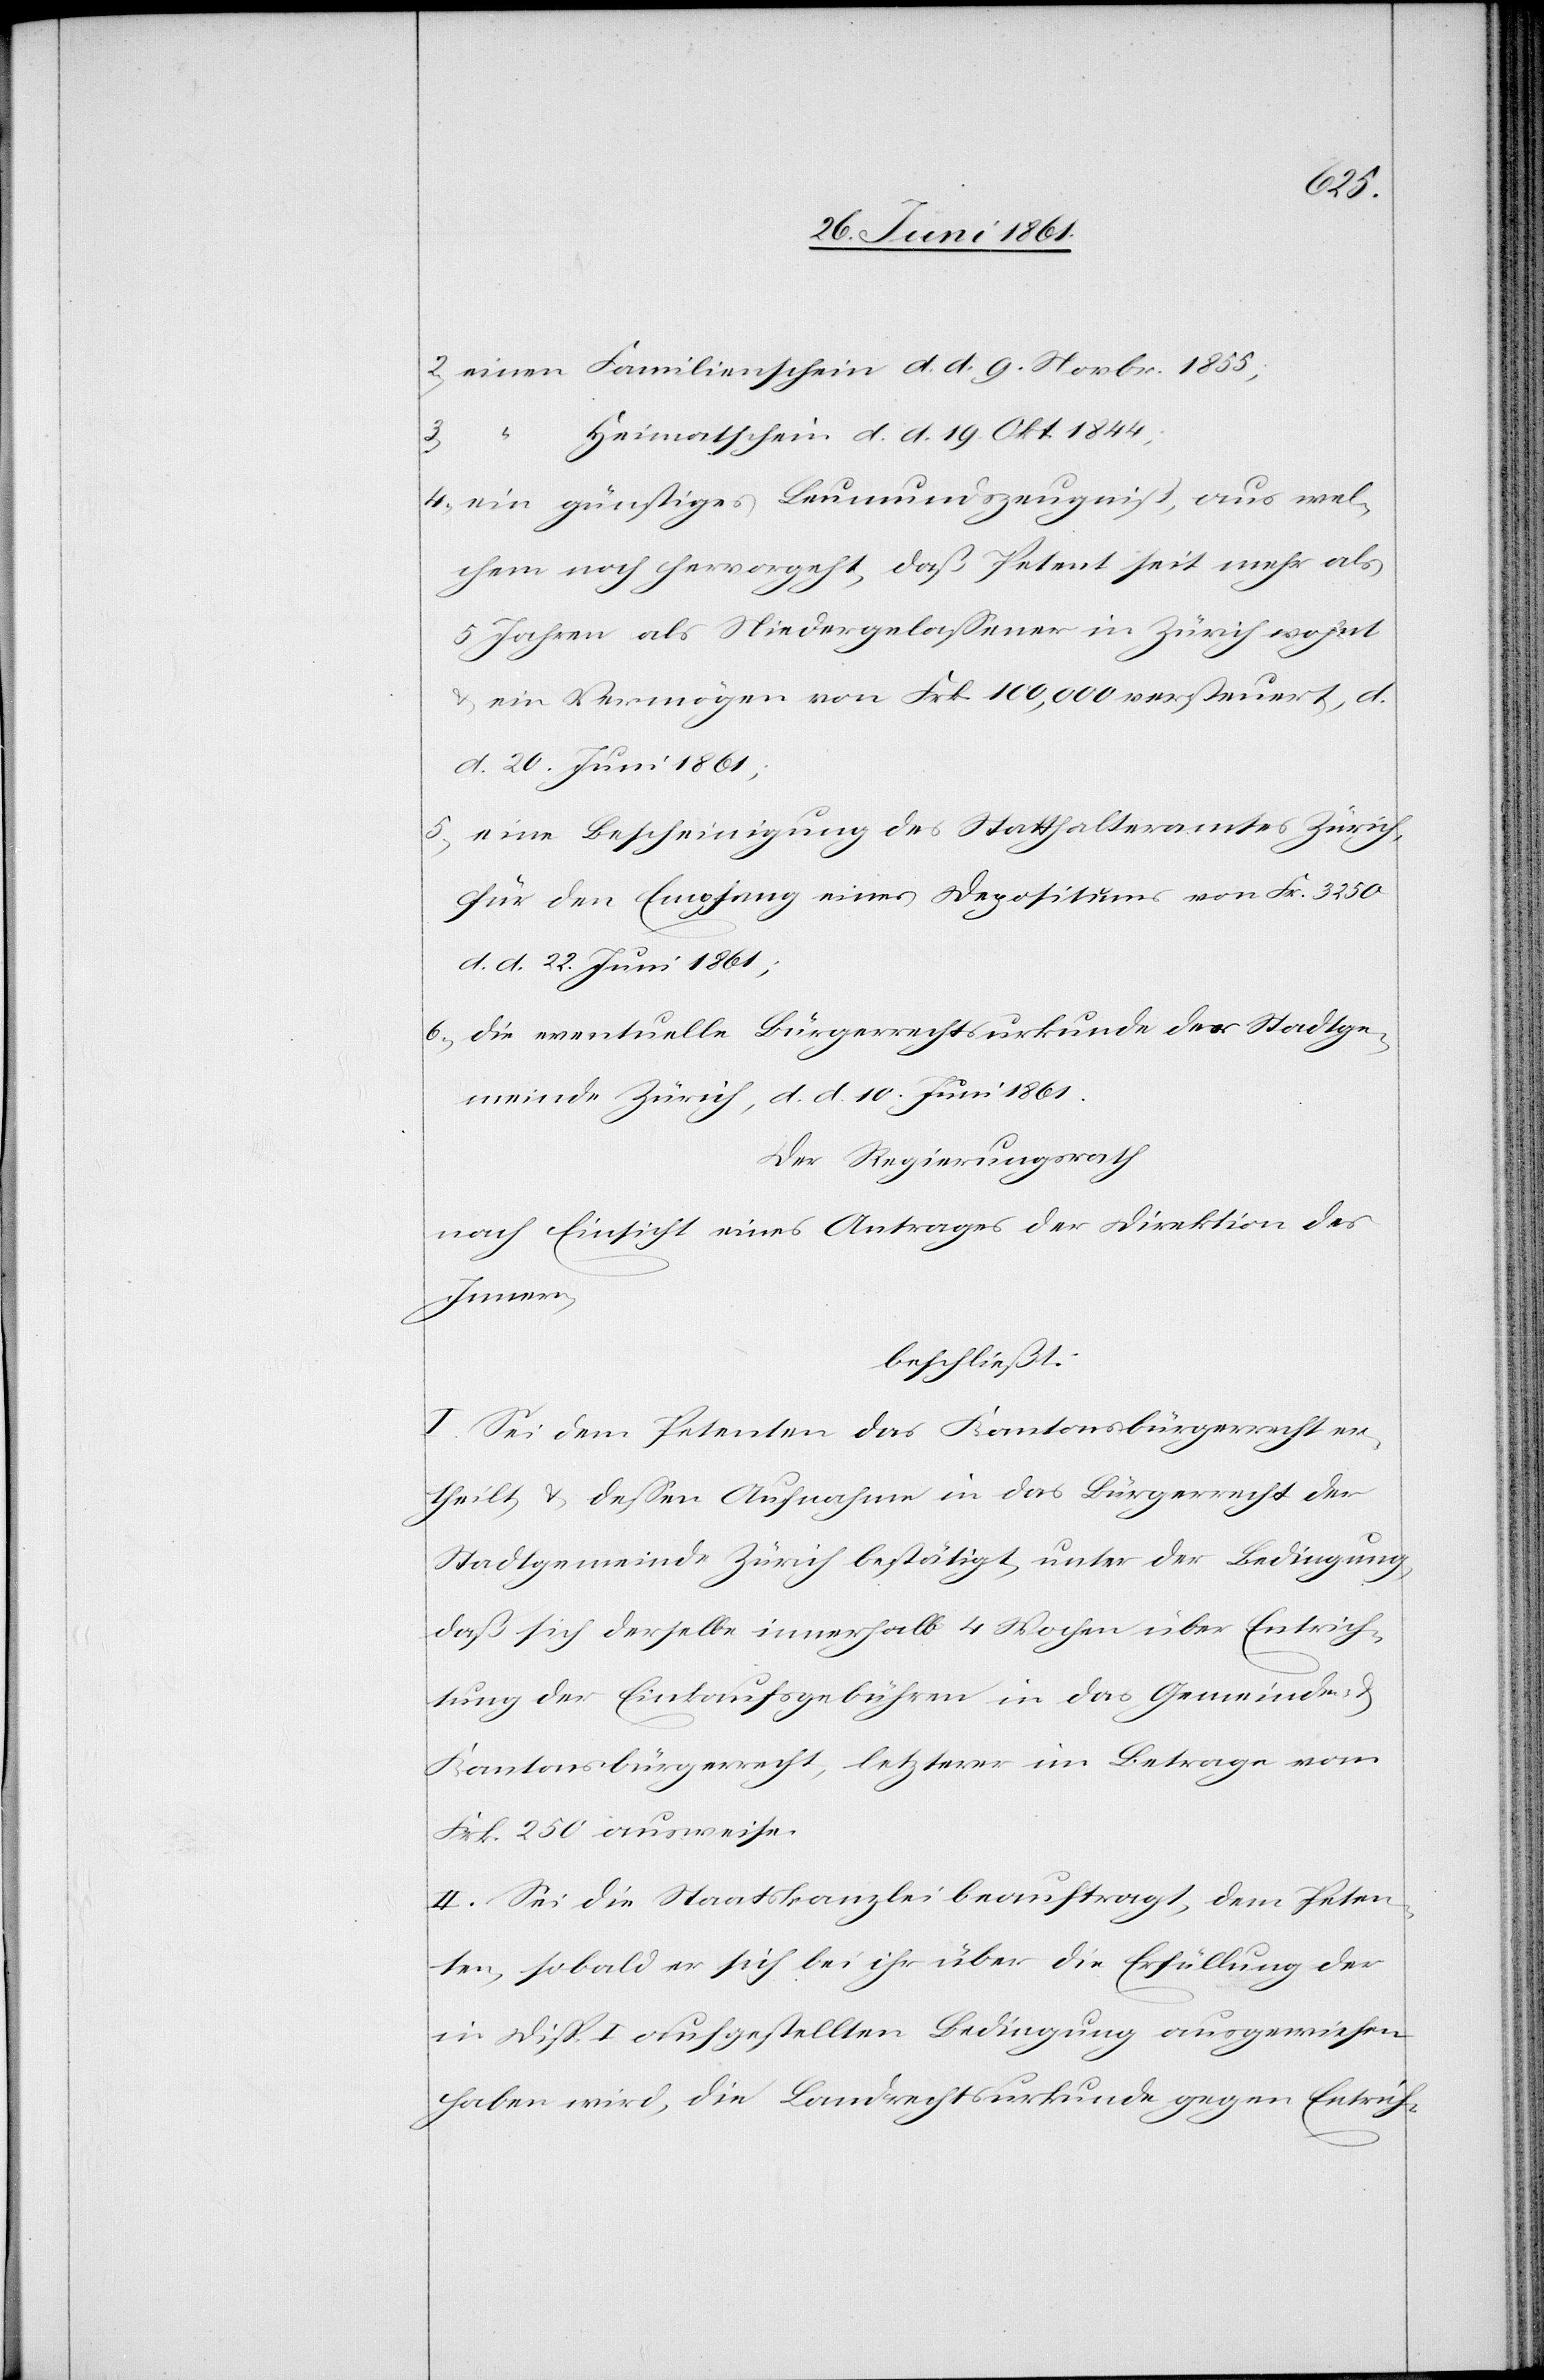
2) einen Familienschein d. d. 9. Novbr. 1855;
3) “ Heimatschein d. d. 19. Okt. 1844;
4. ein günstiges Leumundszeugniß, aus wel¬
chem noch hervorgeht, daß Petent seit mehr als
5 Jahren als Niedergelassener in Zürich wohnt
u. ein Vermögen von Frk. 100,000 versteuert, d.
d. 20. Juni 1861;
5) eine Bescheinigung des Statthalteramtes Zürich,
für den Empfang eines Depositums von Fr. 3250
d. d. 22. Juni 1861;
6) Die eventuelle Bürgerrechtsurkunde der Stadtge¬
meinde Zürich, d. d. 10. Juni 1861.
Der Regierungsrath
nach Einsicht eines Antrages der Direktion des
Innern,
beschließt:
I. Sei dem Petenten das Kantonsbürgerrecht er¬
theilt u. dessen Aufnahme in das Bürgerrecht der
Stadtgemeinde Zürich bestätigt, unter der Bedingung,
daß sich derselbe innerhalb 4 Wochen über Entrich¬
tung der Einkaufsgebühren in das Gemeinde- u.
Kantonsbürgerrecht, letzterer im Betrage von
Frk. 250 ausweise.
II. Sei die Staatskanzlei beauftragt, dem Peten¬
ten, sobald er sich bei ihr über die Erfüllung der
in Disp. I aufgestellten Bedingung ausgewiesen
haben wird, die Landrechtsurkunde gegen Entrich-